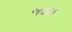
જકડી